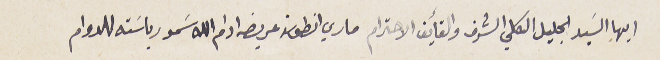
ايها السَيد الجليل الكلي الشرف والفأيق الاحترام ماري انطون عريضه ادام الله سَمو رياسَته للدوام